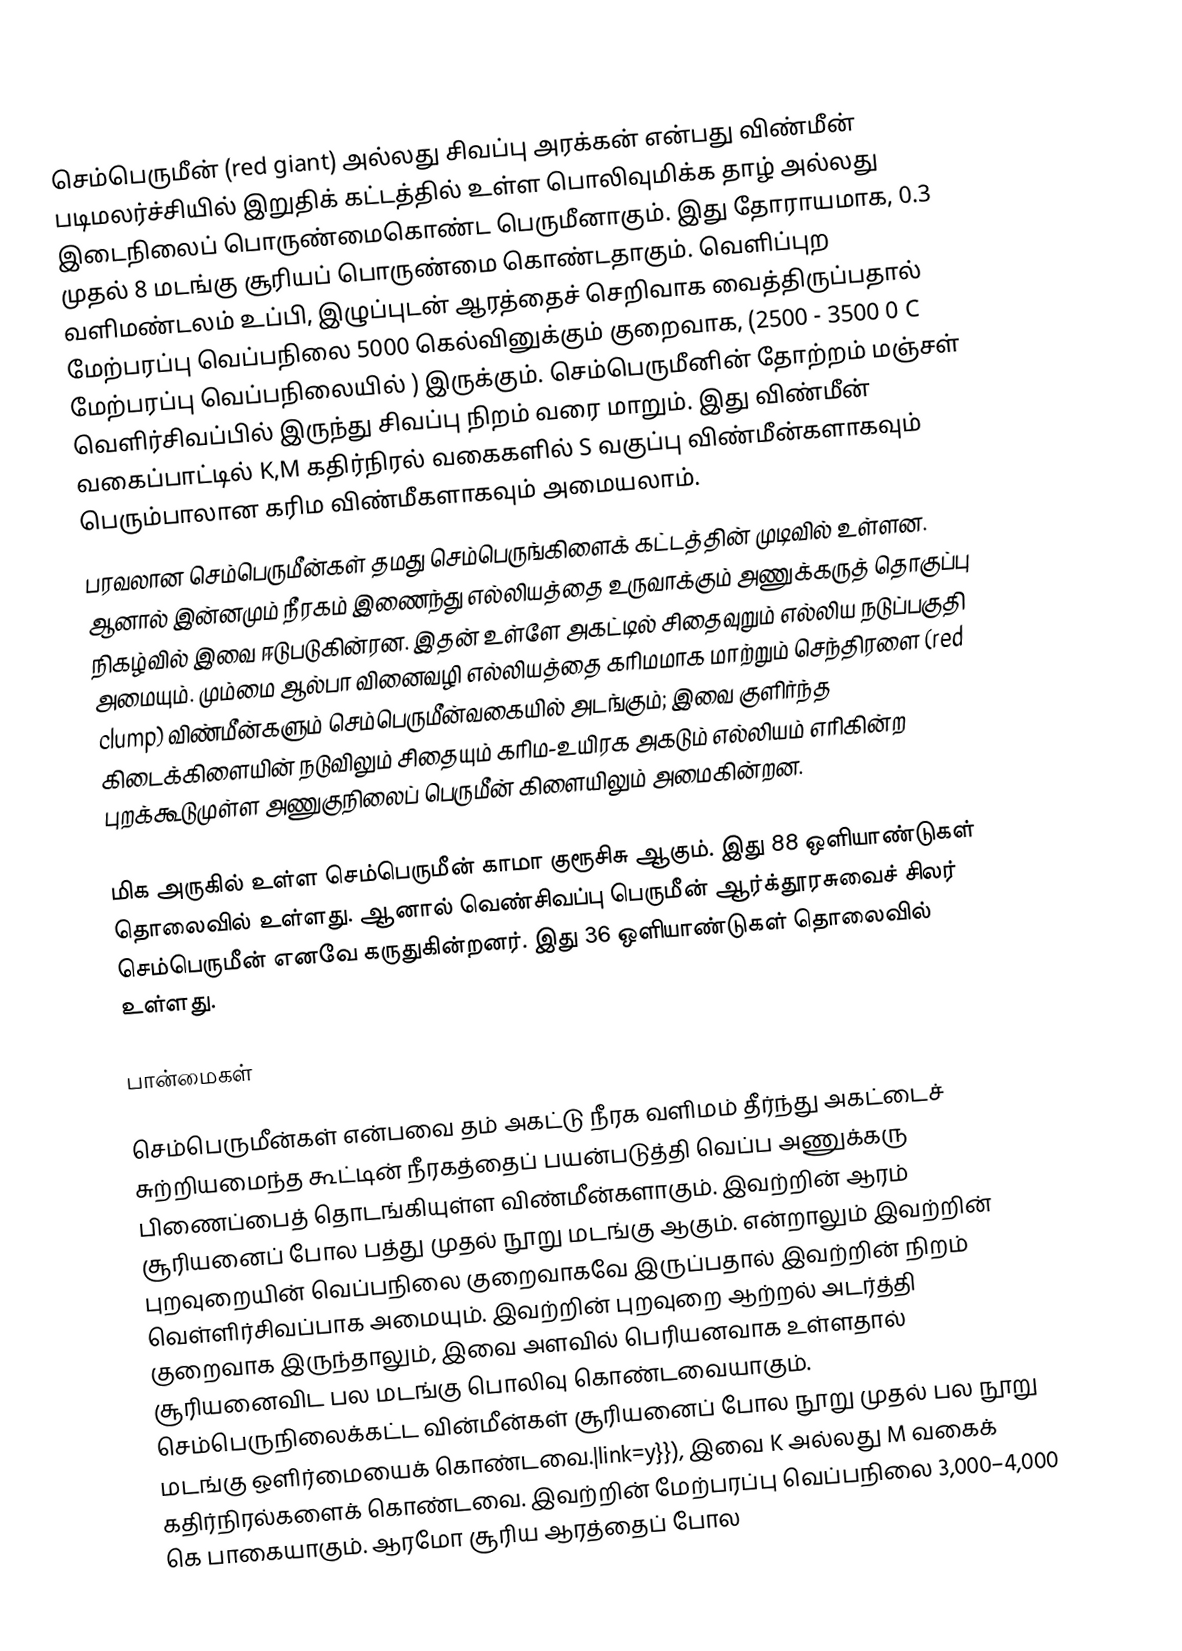
செம்பெருமீன் (red giant) அல்லது சிவப்பு அரக்கன் என்பது விண்மீன் படிமலர்ச்சியில் இறுதிக் கட்டத்தில் உள்ள பொலிவுமிக்க தாழ் அல்லது இடைநிலைப் பொருண்மைகொண்ட பெருமீனாகும். இது தோராயமாக, 0.3 முதல் 8 மடங்கு சூரியப் பொருண்மை கொண்டதாகும். வெளிப்புற வளிமண்டலம் உப்பி, இழுப்புடன் ஆரத்தைச் செறிவாக வைத்திருப்பதால் மேற்பரப்பு வெப்பநிலை 5000 கெல்வினுக்கும் குறைவாக, (2500 - 3500 0 C மேற்பரப்பு வெப்பநிலையில் ) இருக்கும். செம்பெருமீனின் தோற்றம் மஞ்சள் வெளிர்சிவப்பில் இருந்து சிவப்பு நிறம் வரை மாறும். இது விண்மீன் வகைப்பாட்டில் K,M கதிர்நிரல் வகைகளில் S வகுப்பு விண்மீன்களாகவும் பெரும்பாலான கரிம விண்மீகளாகவும் அமையலாம்.
பரவலான செம்பெருமீன்கள் தமது செம்பெருங்கிளைக் கட்டத்தின் முடிவில் உள்ளன. ஆனால் இன்னமும் நீரகம் இணைந்து எல்லியத்தை உருவாக்கும் அணுக்கருத் தொகுப்பு நிகழ்வில் இவை ஈடுபடுகின்ரன. இதன் உள்ளே அகட்டில் சிதைவுறும் எல்லிய நடுப்பகுதி அமையும். மும்மை ஆல்பா வினைவழி எல்லியத்தை கரிமமாக மாற்றும் செந்திரளை (red clump) விண்மீன்களும் செம்பெருமீன்வகையில் அடங்கும்; இவை குளிர்ந்த கிடைக்கிளையின் நடுவிலும் சிதையும் கரிம-உயிரக அகடும் எல்லியம் எரிகின்ற புறக்கூடுமுள்ள அணுகுநிலைப் பெருமீன் கிளையிலும் அமைகின்றன.

மிக அருகில் உள்ள செம்பெருமீன் காமா குரூசிசு ஆகும். இது 88 ஒளியாண்டுகள் தொலைவில் உள்ளது. ஆனால் வெண்சிவப்பு பெருமீன் ஆர்க்தூரசுவைச் சிலர் செம்பெருமீன் எனவே கருதுகின்றனர். இது 36 ஒளியாண்டுகள் தொலைவில் உள்ளது.

பான்மைகள்

செம்பெருமீன்கள் என்பவை தம் அகட்டு நீரக வளிமம் தீர்ந்து அகட்டைச் சுற்றியமைந்த கூட்டின் நீரகத்தைப் பயன்படுத்தி வெப்ப அணுக்கரு பிணைப்பைத் தொடங்கியுள்ள விண்மீன்களாகும். இவற்றின் ஆரம் சூரியனைப் போல பத்து முதல் நூறு மடங்கு ஆகும். என்றாலும் இவற்றின் புறவுறையின்  வெப்பநிலை குறைவாகவே இருப்பதால் இவற்றின் நிறம் வெள்ளிர்சிவப்பாக அமையும். இவற்றின் புறவுறை ஆற்றல் அடர்த்தி குறைவாக இருந்தாலும், இவை அளவில் பெரியனவாக உள்ளதால் சூரியனைவிட பல மடங்கு பொலிவு கொண்டவையாகும். செம்பெருநிலைக்கட்ட வின்மீன்கள் சூரியனைப் போல நூறு முதல் பல நூறு மடங்கு  ஒளிர்மையைக் கொண்டவை.|link=y}}), இவை  K அல்லது M வகைக் கதிர்நிரல்களைக் கொண்டவை. இவற்றின் மேற்பரப்பு வெப்பநிலை 3,000–4,000 கெ பாகையாகும். ஆரமோ சூரிய ஆரத்தைப் போல